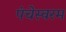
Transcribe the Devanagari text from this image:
पंचेस्वरम